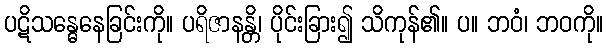
ပဋိသန္ဓေနေခြင်းကို။ ပရိဇာနန္တိ၊ ပိုင်းခြား၍ သိကုန်၏။ ပ။ ဘဝံ၊ ဘဝကို။